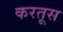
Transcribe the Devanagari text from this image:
करतूस